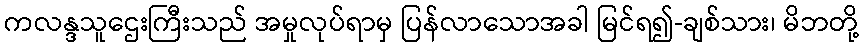
ကလန္ဒသူဌေးကြီးသည် အမှုလုပ်ရာမှ ပြန်လာသောအခါ မြင်ရ၍-ချစ်သား၊ မိဘတို့